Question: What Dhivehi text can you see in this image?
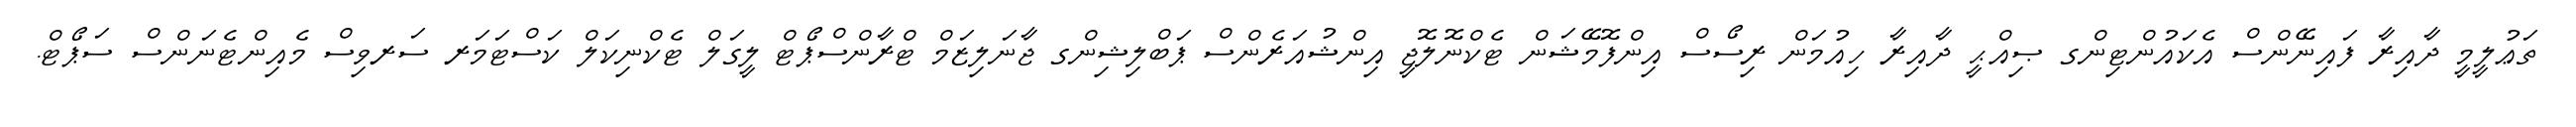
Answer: ތަޢުލީމީ ދާއިރާ ފައިނޭންސް އެކައުންޓިންގ ޞިއްޙީ ދާއިރާ ހިއުމަން ރިސޯސް އިންފޮމޭޝަން ޓެކްނޮލޮޖީ އިންޝުއަރެންސް ޕަބްލިޝިންގ ޖާނަލިޒަމް ޓްރާންސްޕޯޓް ލީގަލް ޓެކްނިކަލް ކަސްޓަމަރ ސަރވިސް މެއިންޓެނަންސް ސަޕޯޓް.